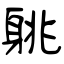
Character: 䠷